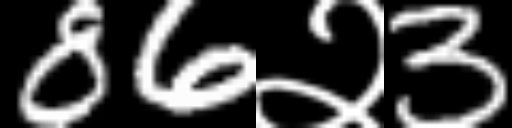
Text: 86२3